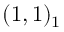
( 1 , 1 ) _ { 1 { \frac { } { } } }